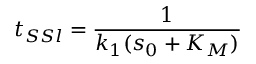
t _ { S S l } = \frac { 1 } { k _ { 1 } ( s _ { 0 } + K _ { M } ) }